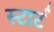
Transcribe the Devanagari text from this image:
स्‍टार्ट